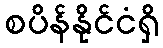
စပိန်နိုင်ငံရှိ